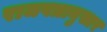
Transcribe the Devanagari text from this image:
राजपत्रानुसार